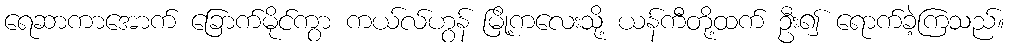
ရေဆာကာအောက် ခြောက်မိုင်ကွာ ကယ်လ်ဟွန် မြို့ကလေးသို့ ယန်ကီတို့ထက် ဦး၍ ရောက်ခဲ့ကြသည်။